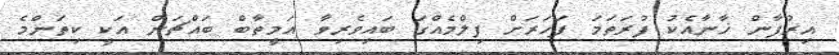
އިރުފާން ޚާނާއެކު ފުރަތަމަ ފަހަރަށް ފިލްމެއްގަ ބައިވެރިވާ އަމީތާބް ބައްޗަން އަކީ ކިތަންމެ